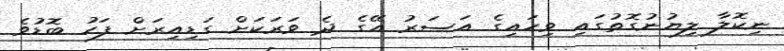
ނިކޮލާ ލިޔުނުގޮތުގައި ވިހައިގެ އަސަރު އޭގެ ދެ ވަރަކަށް ގަޑިއިރަށް ފަހު ބޮޑުވެ